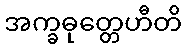
အက္ခဓုတ္တေဟီတိ